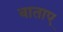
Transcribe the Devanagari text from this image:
बाताए